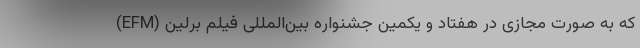
(EFM) که به صورت مجازی در هفتاد و یکمین جشنواره بین‌المللی فیلم برلین